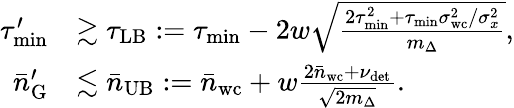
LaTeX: \begin{array}{rl}{\tau_{\mathrm{min}}^{\prime}}&{\gtrsim\tau_{\mathrm{LB}}:=\tau_{\mathrm{min}}-2w\sqrt{\frac{2\tau_{\mathrm{min}}^{2}+\tau_{\mathrm{min}}\sigma_{\mathrm{wc}}^{2}/\sigma_{x}^{2}}{m_{\Delta}}},}\\ {\bar{n}_{\mathrm{G}}^{\prime}}&{\lesssim\bar{n}_{\mathrm{UB}}:=\bar{n}_{\mathrm{wc}}+w\frac{2\bar{n}_{\mathrm{wc}}+\nu_{\mathrm{det}}}{\sqrt{2m_{\Delta}}}.}\end{array}